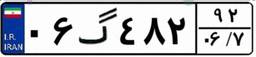
۵۲گ۷۴۱۳۷